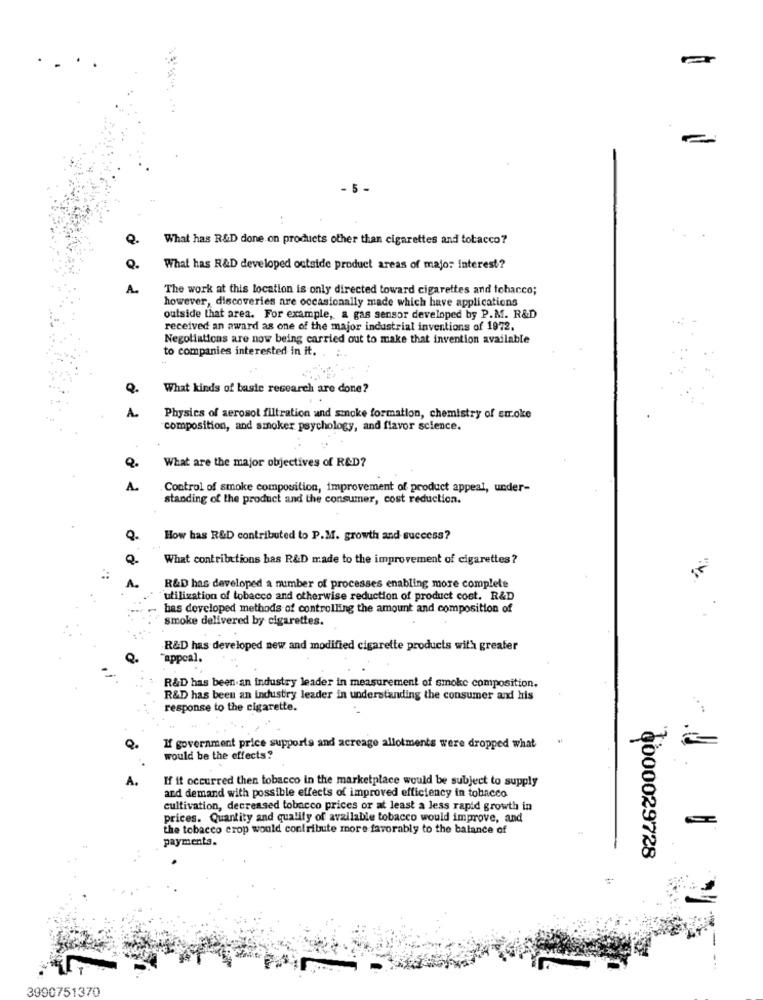
=
- 5-
Q.
What has R&D done on products other than cigarettes and tobacco?
Q.
What has R&D developed outside product areas of major Interest?
A.
The work at this location is only directed toward cigarettes and tobacco;
however, discoveries are occasionally made which have applications
outside that area. For example, a gas sensor developed by P.M. R&D
received an award as one of the major industrial inventions of 1972.
Negotiations are now being carried out to make that invention available
to companies interested in it. .
Q.
What kinds of baste research are done?
A.
Physics of aerosol filtration and smoke formation, chemistry of smoke
composition, and smoker psychology, and flavor science.
What are the major objectives of R&D?
A.
Control of smoke composition, improvement of product appeal, under-
standing of the product and the consumer, cost reduction.
How has R&D contributed to P.M. growth and success?
o.
What contributions has R&D made to the improvement of cigarettes?
R&D has developed a number of processes enabling more complete
utilization of tobacco and otherwise reduction of product cost. R&D
bas developed methods of controlling the amount and composition of
smoke delivered by cigarettes.
R&D has developed new and modified cigarette products with greater
"appeal.
R&D has been an industry leader in measurement of smoke composition.
R&D has been an industry leader in understanding the consumer and his
response to the cigarette.
If government price supports and acreage allotments were dropped what
would be the effects?
If it occurred then tobacco in the marketplace would be subject to supply
and demand with possible effects of improved efficiency in tobacco
cultivation, decreased tobacco prices or at least a less rapid growth in
prices. Quantity and qualify of available tobacco would improve, and
the tobacco erop would contribute more favorably to the balance of
payments.
8000029728
3990751370